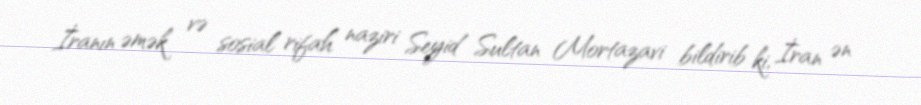
İranın əmək və sosial rifah naziri Seyid Sultan Mortazavi bildirib ki, İran ən